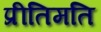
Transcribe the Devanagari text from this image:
प्रीतिमति